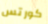
كورتس